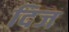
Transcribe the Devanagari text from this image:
दिज